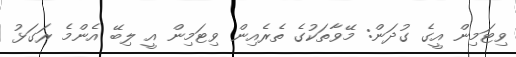
ވިޓަމިން އީގެ ގުދަން: މޭވާތަކުގެ ތެރެއިން ވިޓަމިން އީ ލިބޭ އެންމެ ރަގަޅު